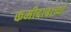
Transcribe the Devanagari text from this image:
कमीदाबाच्या